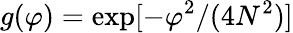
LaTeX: g(\varphi)=\exp[-\varphi^{2}/(4N^{2})]